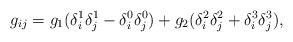
LaTeX: \begin{align*}g_{ij}=g_1(\delta_i^1\delta_j^1-\delta_i^0\delta_j^0) +g_2(\delta_i^2\delta_j^2 +\delta_i^3\delta_j^3),\end{align*}